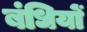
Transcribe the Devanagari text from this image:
बंधियों